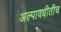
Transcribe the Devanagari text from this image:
अल्पावधीतीच